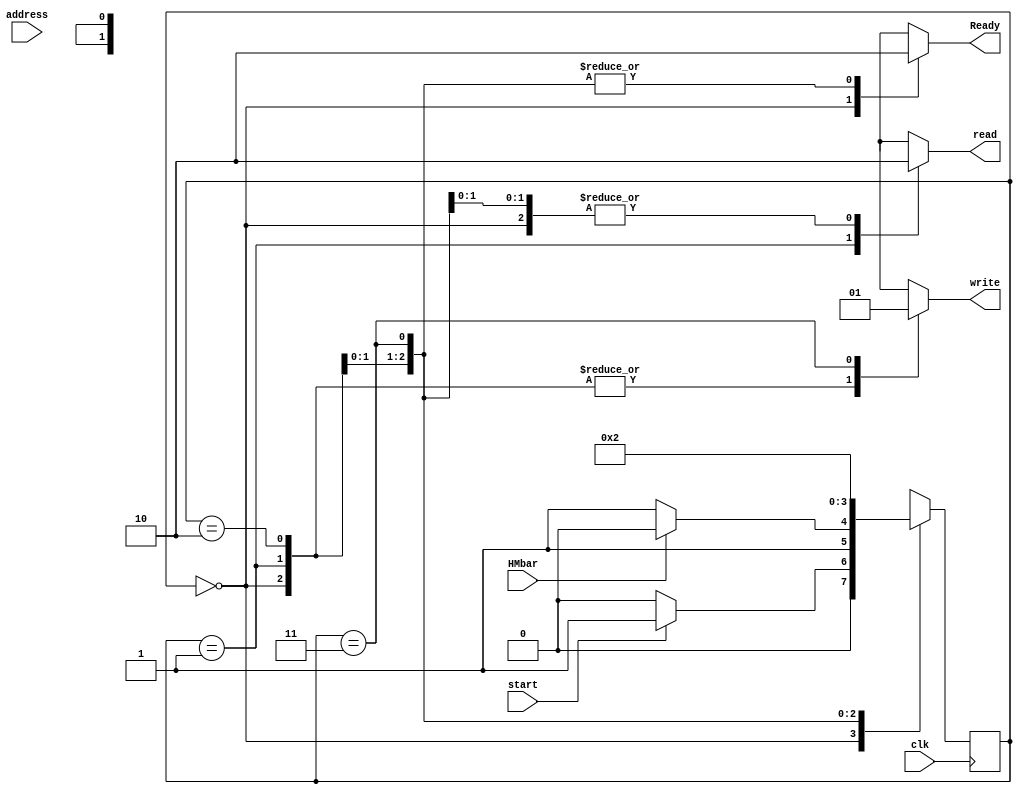
`timescale 1ns/1ns

module Controller(input HMbar, start, clk, input [14:0]address, output reg read, write, Ready);
    parameter [1:0] Start = 2'b00, ReadCache = 2'b01, CheckAddress = 2'b10, WriteCache = 2'b11;
    
    reg [1:0]ps, ns;
    always @(HMbar, start, ps)begin
        read = 1'b0;
        write = 1'b0;
        Ready = 1'b0;
        ns = Start;

        case (ps)
            Start : begin
                Ready = 1'b1;                   // Check whether it is correct even at the first time for reading the first data
                ns = start ? ReadCache : Start;
            end
            ReadCache : begin
                read = 1'b1;
                Ready = 1'b0;
                ns = HMbar ? CheckAddress : WriteCache;
            end
            CheckAddress : begin
                ns = Start;
            end
            WriteCache : begin
                write = 1'b1;
                ns = CheckAddress;
            end
        endcase
    end
    always @(posedge clk) begin
        ps <= ns;
    end
endmodule